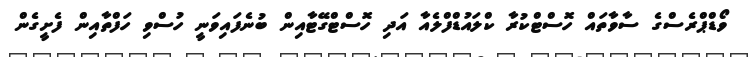
ވޯޑްޕްރެސްގެ ސާވާތައް ހޮސްޓްކުރާ ކްލައުޑްފްލެއާ އަދި ހޮސްޓްގޭޓާއިން ބުނެފައިވަނީ ހުސްވި ހަފްތާއިން ފެށީގެން